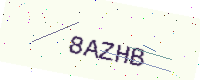
Text: 8AZHB